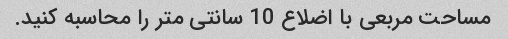
مساحت مربعی با اضلاع 10 سانتی متر را محاسبه کنید.